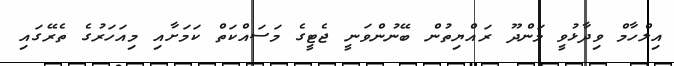
އިލްހާމް ވިދާޅުވީ މަންދޫ ރައްޔިތުން ބޭނުންވަނީ ޖެޓީގެ މަސައްކަތް ކަމަށާއި މިއަހަރުގެ ތެރޭގައި